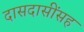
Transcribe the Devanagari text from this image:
दासदासींसह